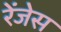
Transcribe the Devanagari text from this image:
रेंजेस